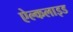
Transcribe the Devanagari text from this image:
ऐल्कलाइड